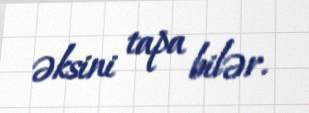
əksini tapa bilər.